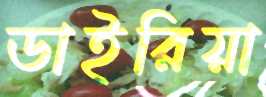
ডাইরিয়া